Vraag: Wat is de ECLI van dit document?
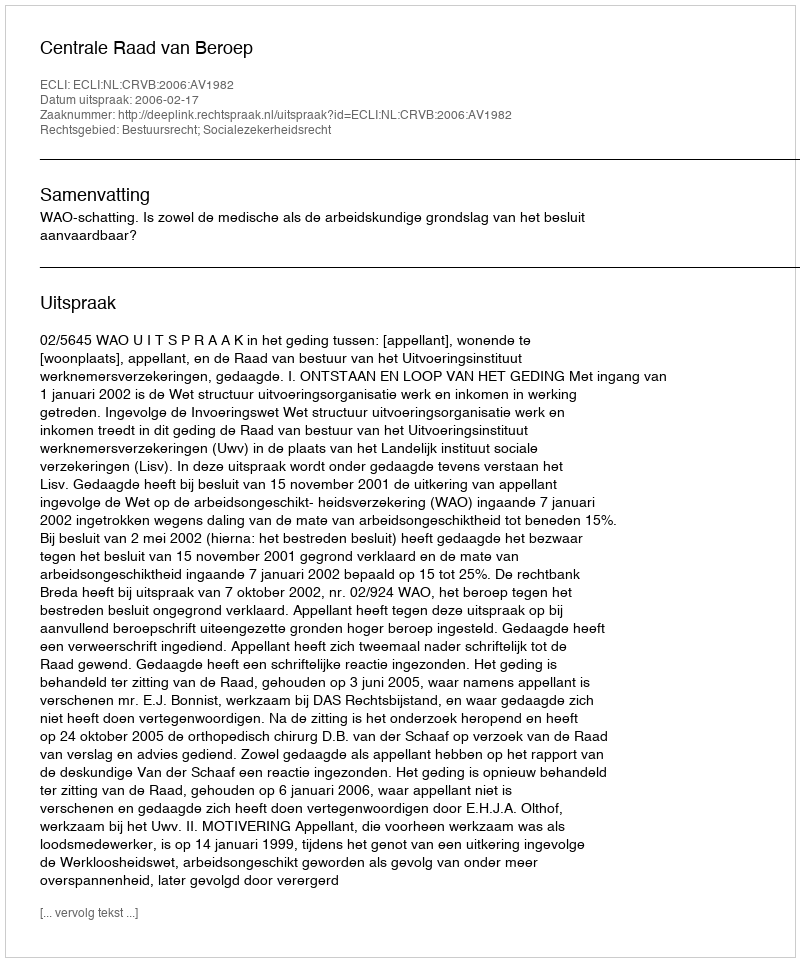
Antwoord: ECLI:NL:CRVB:2006:AV1982